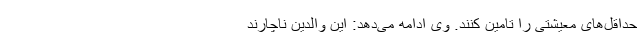
حداقل‌های معیشتی را تامین کنند. وی ادامه می‌دهد: این والدین ناچارند